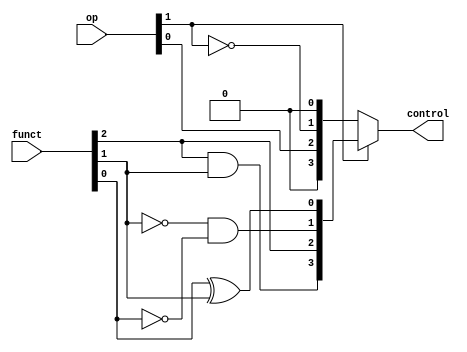
module alucu(op, funct, control);
    
    input [1:0]op;                              //op function
    input [2:0]funct;                           //minimal bits from the funct7 and funct3 fields
    output [3:0]control;
    wire [3:0]temp1,temp2;

    xor( temp1[0], funct[0], funct[1]);
    and( temp1[1], ~funct[1], ~funct[0]);
    assign temp1[2]=funct[2];
    and( temp1[3], funct[2], funct[1]);

    assign temp2[0]=op[1];
    assign temp2[1]=~op[1];
    assign temp2[2]=op[0];
    assign temp2[3]=op[1];

    assign control= op[1]?temp1:temp2;          //checks if aluop is 01/00 or 10 and returns the control signal to the ALU

endmodule